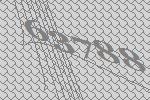
63788